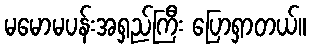
မမောမပန်းအရှည်ကြီး ပြောရှာတယ်။